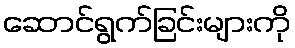
ဆောင်ရွက်ခြင်းများကို